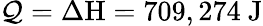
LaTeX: \mathcal{Q}={\Delta\mathrm{{H}}}=709,274{\mathrm{{~J}}}